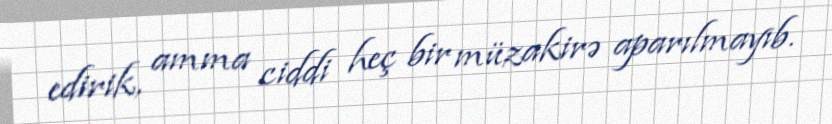
edirik, amma ciddi heç bir müzakirə aparılmayıb.